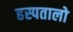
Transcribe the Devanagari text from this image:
हस्पतालो